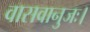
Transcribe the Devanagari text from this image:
वासवानुजः।